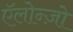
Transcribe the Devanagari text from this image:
ऍलोन्ज़ो